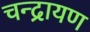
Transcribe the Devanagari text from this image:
चन्द्रायण